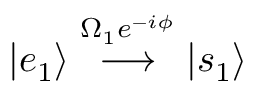
| e _ { 1 } \rangle \stackrel { \Omega _ { 1 } e ^ { - i \phi } } { \longrightarrow } | s _ { 1 } \rangle